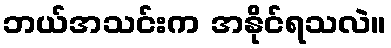
ဘယ်အသင်းက အနိုင်ရသလဲ။